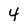
Character: 4